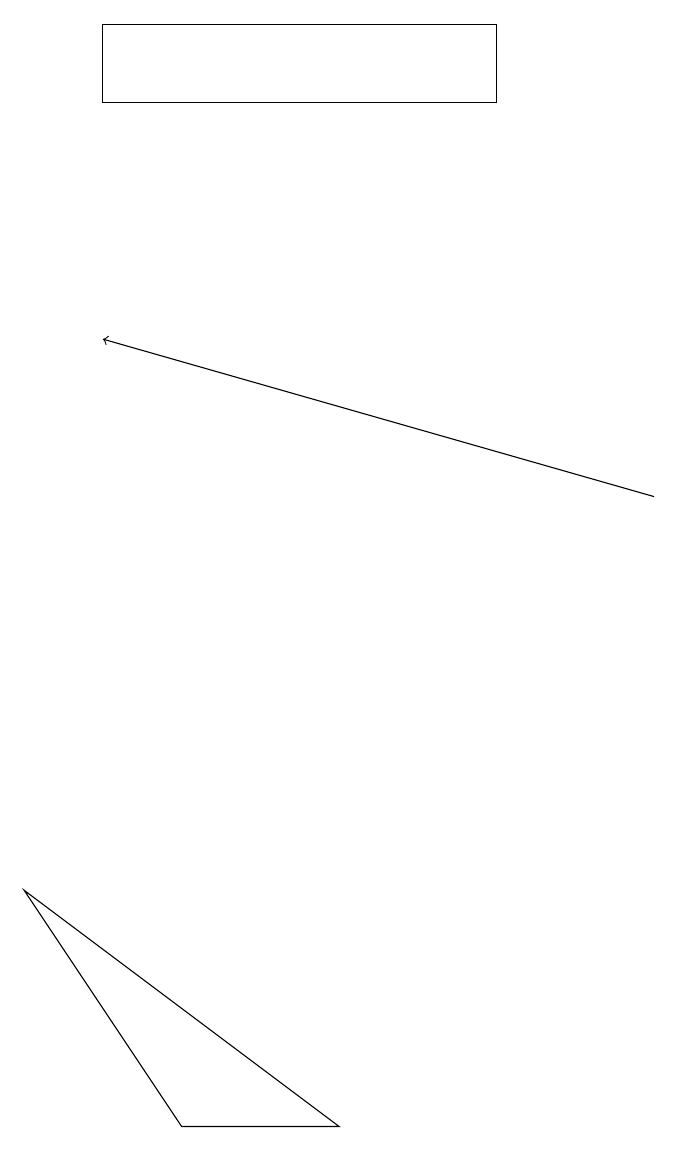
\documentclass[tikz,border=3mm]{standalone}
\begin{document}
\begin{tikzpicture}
\draw[->] (8,11) -- (1,13);
\draw (2,3) -- (0,6) -- (4,3) -- cycle;
\draw (1,16) rectangle (6,17);
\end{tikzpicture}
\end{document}